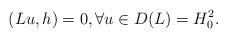
LaTeX: \begin{align*}(Lu, h) = 0, \forall u \in D(L) = H_0^2.\end{align*}